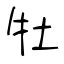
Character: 牡